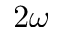
2 \omega